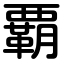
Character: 覇